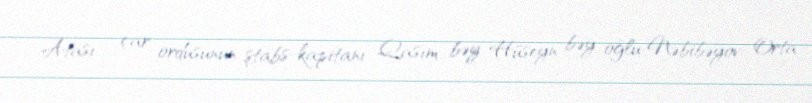
Atası - çar ordusunun ştabs-kapitanı Qasım bəy Hüseyn bəy oğlu Nəbibəyov Orta